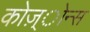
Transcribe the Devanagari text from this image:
कोज़्ोन्स